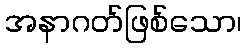
အနာဂတ်ဖြစ်သော၊